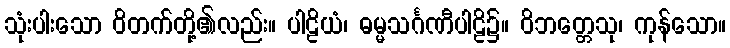
သုံးပါးသော ဝိတက်တို့၏လည်း။ ပါဠိယံ၊ ဓမ္မသင်္ဂဏီပါဠိ၌။ ဝိဘတ္တေသု၊ ကုန်သော။